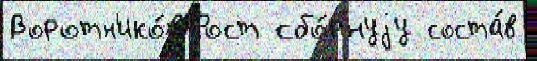
Воротн'ико́в Рост сбо́рнуjу соста́в